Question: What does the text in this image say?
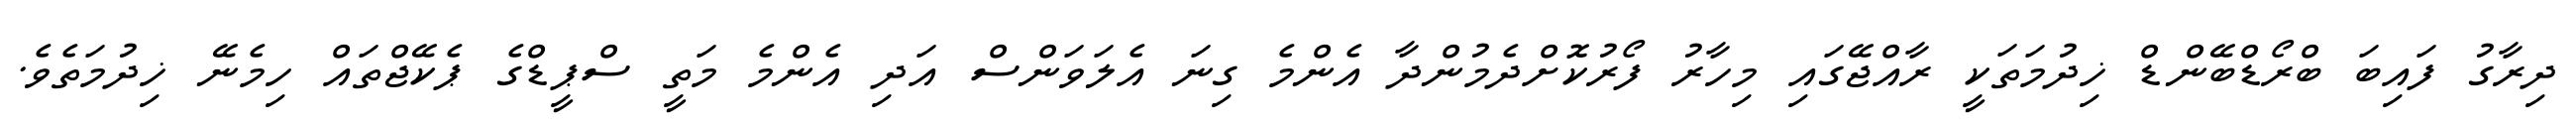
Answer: ދިރާގު ފައިބަ ބްރޯޑްބޭންޑް ޚިދުމަތަކީ ރާއްޖޭގައި މިހާރު ފޯރުކޮށްދެމުންދާ އެންމެ ގިނަ އެލަވަންސް އަދި އެންމެ މަތީ ސްޕީޑްގެ ޕެކޭޖްތައް ހިމެނޭ ޚިދުމަތެވެ.